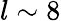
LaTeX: l\sim 8